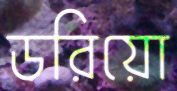
ডরিয়ো